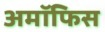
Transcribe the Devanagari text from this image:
अमॉफिस